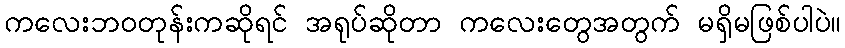
ကလေးဘဝတုန်းကဆိုရင် အရုပ်ဆိုတာ ကလေးတွေအတွက် မရှိမဖြစ်ပါပဲ။